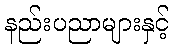
နည်းပညာများနှင့်